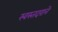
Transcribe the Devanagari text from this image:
स्वस्तदराने